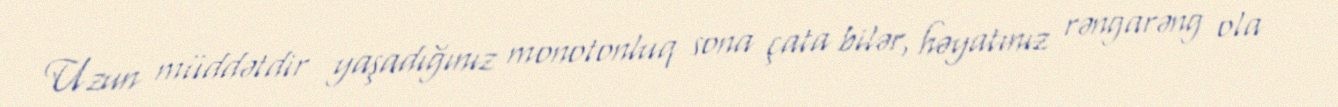
Uzun müddətdir yaşadığınız monotonluq sona çata bilər, həyatınız rəngarəng ola